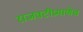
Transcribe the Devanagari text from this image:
राजवटीप्रमाणेच